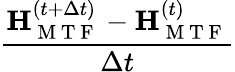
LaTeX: \frac{\mathbf{H}_{\mathrm{~M~T~F~}}^{(t+\Delta t)}-{\mathbf{H}_{\mathrm{~M~T~F~}}^{(t)}}}{\Delta t}